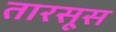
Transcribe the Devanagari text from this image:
तारसूस